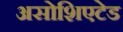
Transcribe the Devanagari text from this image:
असोशिएटेड